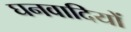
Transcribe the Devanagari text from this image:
घनवादियों